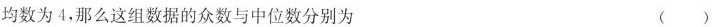
均数为4，那么这组数据的众数与中位数分别为 ()